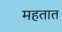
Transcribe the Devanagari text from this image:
महतात